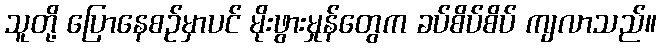
သူတို့ ပြောနေစဉ်မှာပင် မိုးဖွားမှုန်တွေက ခပ်စိပ်စိပ် ကျလာသည်။